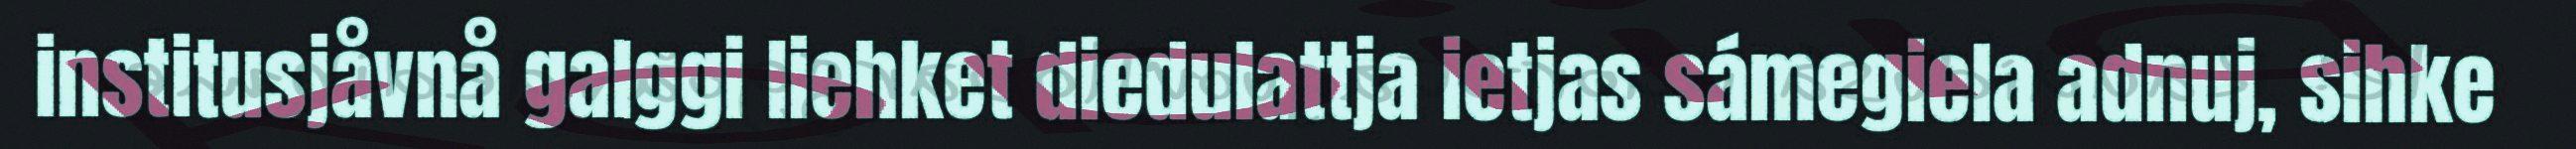
institusjåvnå galggi liehket diedulattja ietjas sámegiela adnuj, sihke